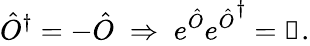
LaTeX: \hat{O}^{\dagger}=-\hat{O}\; \Rightarrow\; e^{\hat{O}}{e^{\hat{O}}}^{\dagger}=\mathbb{1}.